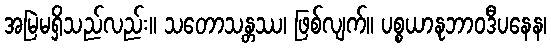
အမြဲမရှိသည်လည်း။ သတောသန္တဿ၊ ဖြစ်လျက်။ ပစ္စယာနုဘာဝဒီပနေန၊